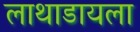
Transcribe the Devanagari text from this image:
लाथाडायला